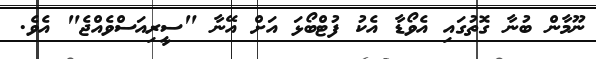
ނޫމާން ބުނާ ގޮތުގައި އެވޯޑާ އެކު ފުޓްބޯޅަ އަށް އޭނާ "ސީރިއަސްވެއްޖެ" އެވެ.